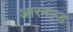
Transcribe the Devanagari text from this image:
आरनल्‍ड